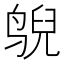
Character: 𱊄